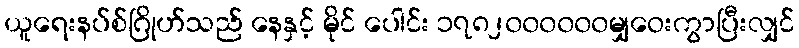
ယူရေးနပ်စ်ဂြိုဟ်သည် နေနှင့် မိုင် ပေါင်း ၁၇၈၂၀၀၀၀၀၀မျှဝေးကွာပြီးလျှင်